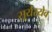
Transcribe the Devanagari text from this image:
सूर्यस्येव